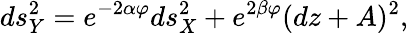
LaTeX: ds_{Y}^{2}=e^{-2\alpha\varphi}ds_{X}^{2}+e^{2\beta\varphi}(dz+A)^{2},